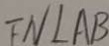
F N \bot A B